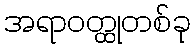
အရာဝတ္ထုတစ်ခု